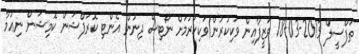
ތަފްސީލް 2013-03-18 ވަޒީފާއިން ވަކިކުރުން/ވަކިކުރުމަށް ނޯޓިސް ދިނުން އެންޓި ކޮރަޕްޝަން ކޮމިޝަން ނިޢުމާ